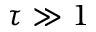
\tau \gg 1